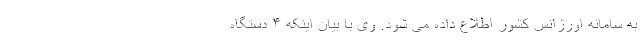
به سامانه اورژانس کشور اطلاع داده می شود. وی با بیان اینکه ۴ دستگاه